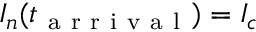
I _ { n } ( t _ { \mathrm { ~ a ~ r ~ r ~ i ~ v ~ a ~ l ~ } } ) = I _ { c }